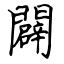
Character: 闢